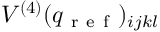
V ^ { ( 4 ) } ( q _ { \mathrm { ~ r ~ e ~ f ~ } } ) _ { i j k l }